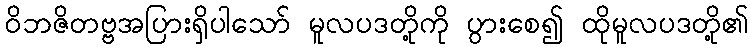
ဝိဘဇိတဗ္ဗအပြားရှိပါသော် မူလပဒတို့ကို ပွားစေ၍ ထိုမူလပဒတို့၏